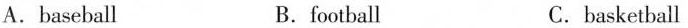
A.baseball B.football C.basketball